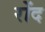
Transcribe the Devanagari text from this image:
रोंद